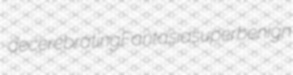
decerebrating Fantasia superbenign